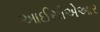
આઈસીએઆર